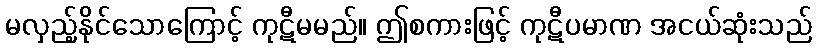
မလှည့်နိုင်သောကြောင့် ကုဋီမမည်။ ဤစကားဖြင့် ကုဋီပမာဏ အငယ်ဆုံးသည်